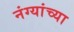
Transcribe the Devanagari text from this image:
नंग्यांच्या